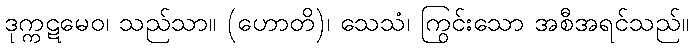
ဒုက္ကဋမေဝ၊ သည်သာ။ (ဟောတိ)၊ သေသံ၊ ကြွင်းသော အစီအရင်သည်။